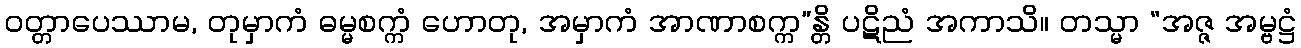
ဝတ္တာပေဿာမ, တုမှာကံ ဓမ္မစက္ကံ ဟောတု, အမှာကံ အာဏာစက္က”န္တိ ပဋိညံ အကာသိ။ တသ္မာ “အဇ္ဇ အမ္ဗဋ္ဌံ